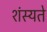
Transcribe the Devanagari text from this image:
शंस्यते